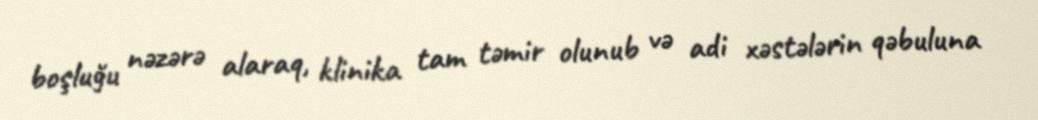
boşluğu nəzərə alaraq, klinika tam təmir olunub və adi xəstələrin qəbuluna